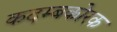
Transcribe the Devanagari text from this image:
कदम्बकोरक